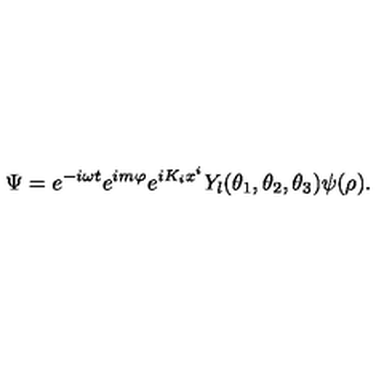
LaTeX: \Psi = e ^ { - i \omega t } e ^ { i m \varphi } e ^ { i K _ { i } x ^ { i } } Y _ { l } ( \theta _ { 1 } , \theta _ { 2 } , \theta _ { 3 } ) \psi ( \rho ) .